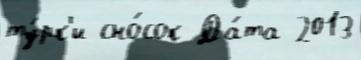
ту́рк'и сно́сок Да́та 2013